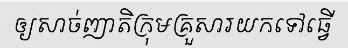
ឲ្យសាច់ញាតិក្រុមគ្រួសារយកទៅធ្វើ